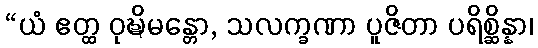
“ယံ ဧတ္ထ ဝုဍ္ဎိမန္တော, သလက္ခဏာ ပူဇိတာ ပရိစ္ဆိန္နာ၊